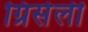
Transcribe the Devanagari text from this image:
ग्रिसेली